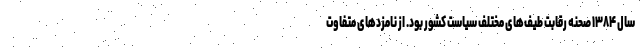
سال ۱۳۸۴ صحنه رقابت طیف‌های مختلف سیاست کشور بود. از نامزدهای متفاوت